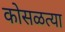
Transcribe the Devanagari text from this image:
कोसळत्या